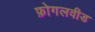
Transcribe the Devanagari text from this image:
फ़ोगलवीड